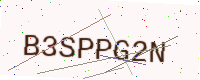
Text: B3SPPG2N